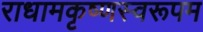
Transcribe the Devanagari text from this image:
राधामकृष्णस्वरूपम